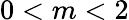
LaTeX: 0<m<2